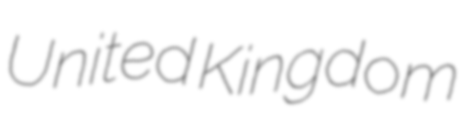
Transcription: United Kingdom